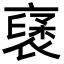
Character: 𮖥